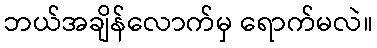
ဘယ်အချိန်လောက်မှ ရောက်မလဲ။